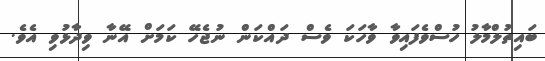
ބައިތުލްމާލު ހުސްވެފައިވާ ވާހަކަ ވެސް ދައްކަން ނުޖެހޭ ކަމަށް އޭނާ ވިދާޅުވި އެވެ.